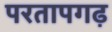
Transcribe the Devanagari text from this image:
परतापगढ़